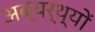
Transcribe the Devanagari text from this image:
अब्यर्थ्यों